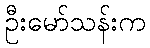
ဦးမော်သန်းက